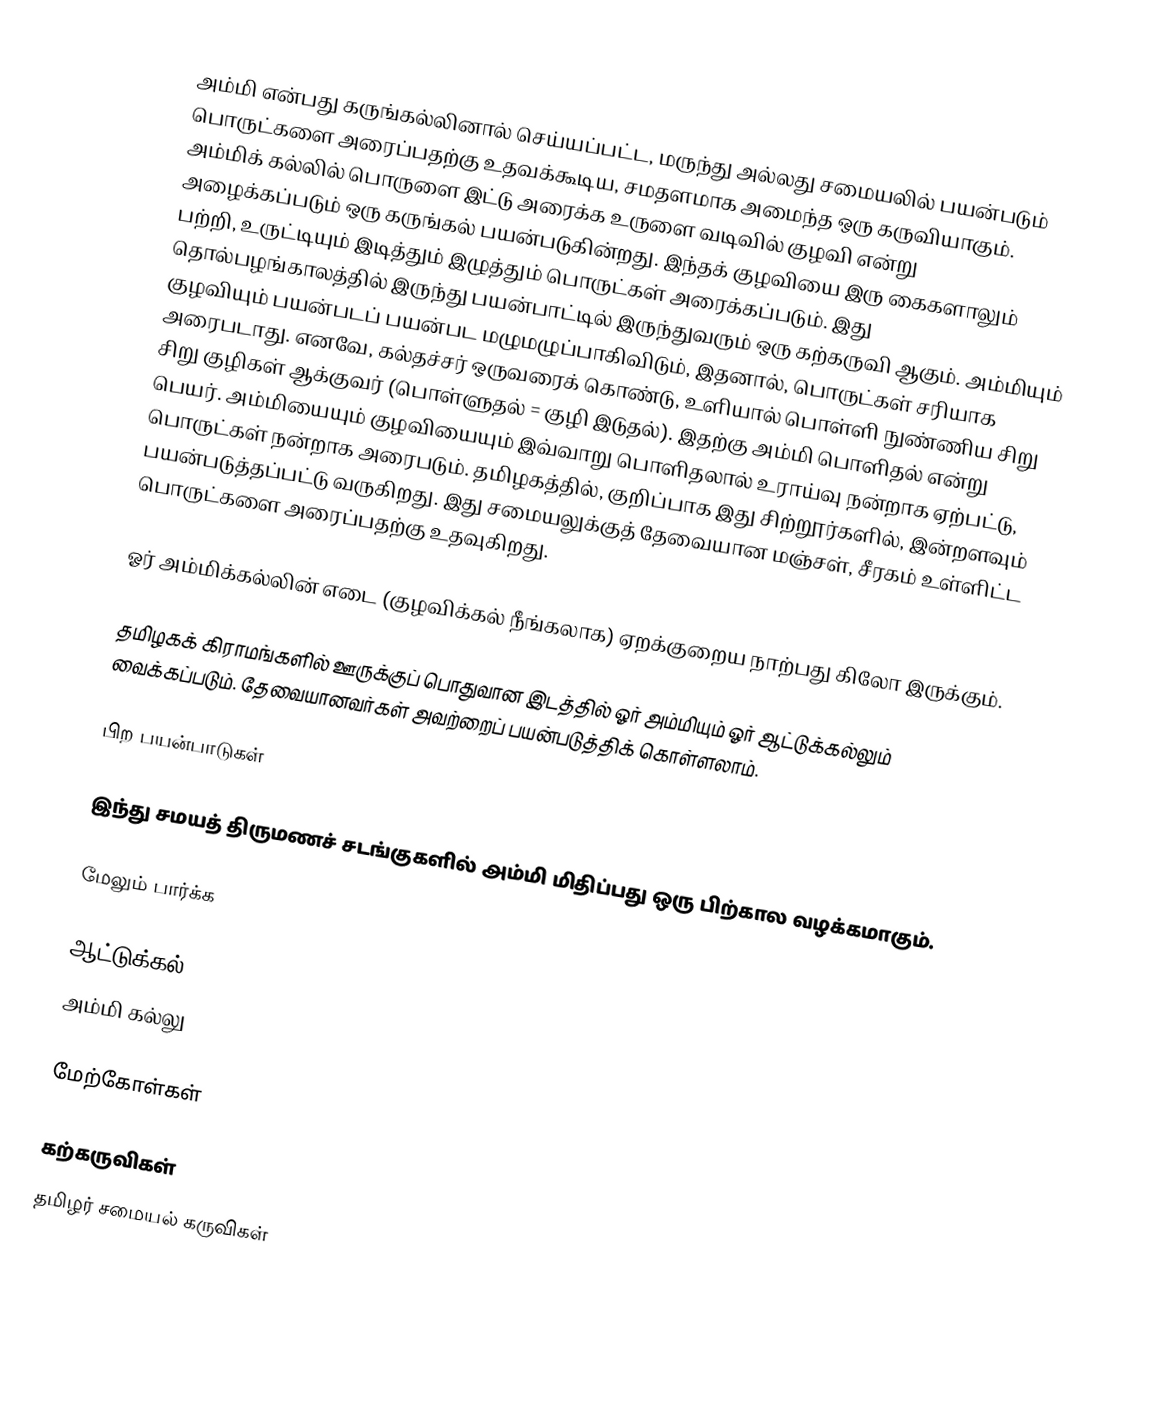
அம்மி என்பது கருங்கல்லினால் செய்யப்பட்ட, மருந்து அல்லது சமையலில் பயன்படும் பொருட்களை அரைப்பதற்கு உதவக்கூடிய, சமதளமாக அமைந்த ஒரு கருவியாகும். அம்மிக் கல்லில் பொருளை இட்டு அரைக்க உருளை வடிவில் குழவி என்று அழைக்கப்படும் ஒரு கருங்கல் பயன்படுகின்றது. இந்தக் குழவியை இரு கைகளாலும் பற்றி, உருட்டியும் இடித்தும் இழுத்தும் பொருட்கள் அரைக்கப்படும். இது தொல்பழங்காலத்தில் இருந்து பயன்பாட்டில் இருந்துவரும் ஒரு கற்கருவி ஆகும். அம்மியும் குழவியும் பயன்படப் பயன்பட மழுமழுப்பாகிவிடும், இதனால், பொருட்கள் சரியாக அரைபடாது. எனவே, கல்தச்சர் ஒருவரைக் கொண்டு, உளியால் பொள்ளி நுண்ணிய சிறு சிறு குழிகள் ஆக்குவர் (பொள்ளுதல் = குழி இடுதல்). இதற்கு அம்மி பொளிதல் என்று பெயர். அம்மியையும் குழவியையும் இவ்வாறு பொளிதலால் உராய்வு நன்றாக ஏற்பட்டு, பொருட்கள் நன்றாக அரைபடும். தமிழகத்தில், குறிப்பாக இது சிற்றூர்களில், இன்றளவும் பயன்படுத்தப்பட்டு வருகிறது. இது சமையலுக்குத் தேவையான மஞ்சள், சீரகம் உள்ளிட்ட பொருட்களை அரைப்பதற்கு உதவுகிறது.

ஓர் அம்மிக்கல்லின் எடை (குழவிக்கல் நீங்கலாக) ஏறக்குறைய நாற்பது கிலோ இருக்கும்.

தமிழகக் கிராமங்களில் ஊருக்குப் பொதுவான இடத்தில் ஓர் அம்மியும் ஓர் ஆட்டுக்கல்லும் வைக்கப்படும். தேவையானவர்கள் அவற்றைப் பயன்படுத்திக் கொள்ளலாம்.

பிற பயன்பாடுகள்

 இந்து சமயத் திருமணச் சடங்குகளில் அம்மி மிதிப்பது ஒரு பிற்கால வழக்கமாகும்.

மேலும் பார்க்க

 ஆட்டுக்கல்
 அம்மி கல்லு

மேற்கோள்கள்

கற்கருவிகள்
தமிழர் சமையல் கருவிகள்